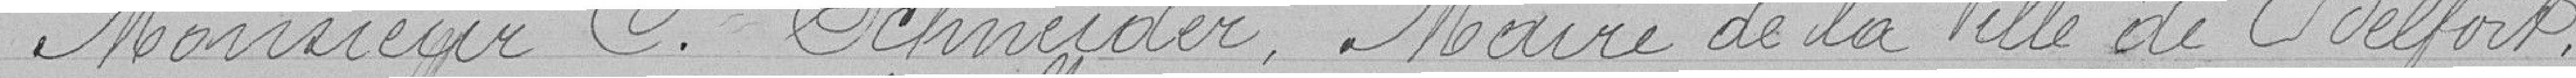
Monsieur C. Schneider, Maire de la Ville de Belfort,